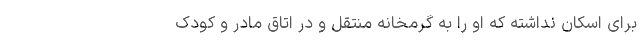
برای اسکان نداشته که او را به گرمخانه منتقل و در اتاق مادر و کودک